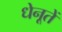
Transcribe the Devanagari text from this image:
धेनूतें